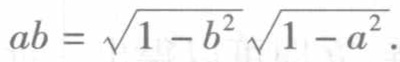
\(ab = \sqrt{1 - b^{2}}\sqrt{1 - a^{2}}\)